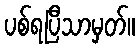
ပစ်ရပြီသာမှတ်။